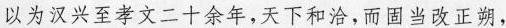
以为汉兴至孝文二十余年,天下和洽,而固当改正朔,